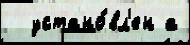
  устано́вл'ен а